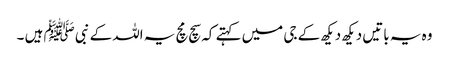
وہ یہ باتیں دیکھ دیکھ کے جی میں کہتے کہ سچ مچ یہ اللہ کے نبی ﷺ ہیں ۔